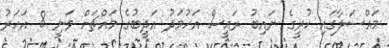
މައްސަލާގައި ކުރީގެ ނައިބު ރައީސް އަހުމަދު އަދީބުގެ މައްޗަށް ވަނީ 8 އަހަރު